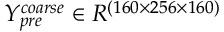
Y _ { p r e } ^ { c o a r s e } \in R ^ { ( 1 6 0 \times 2 5 6 \times 1 6 0 ) }